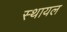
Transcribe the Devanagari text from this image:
स्थायल